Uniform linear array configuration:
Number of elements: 4
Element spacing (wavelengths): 0.5
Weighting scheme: kaiser
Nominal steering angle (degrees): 15
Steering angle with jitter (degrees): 14.378
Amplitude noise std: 0.05
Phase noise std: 0.05

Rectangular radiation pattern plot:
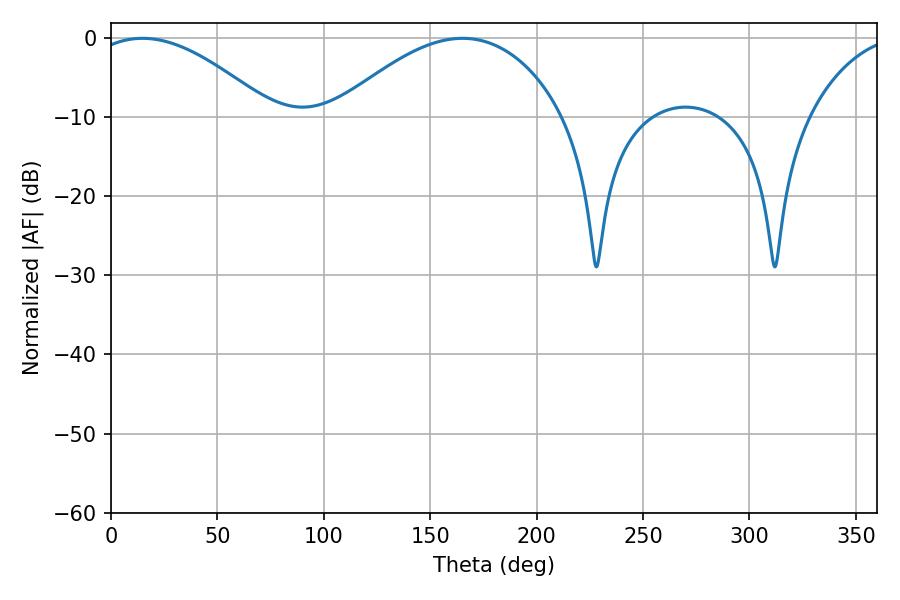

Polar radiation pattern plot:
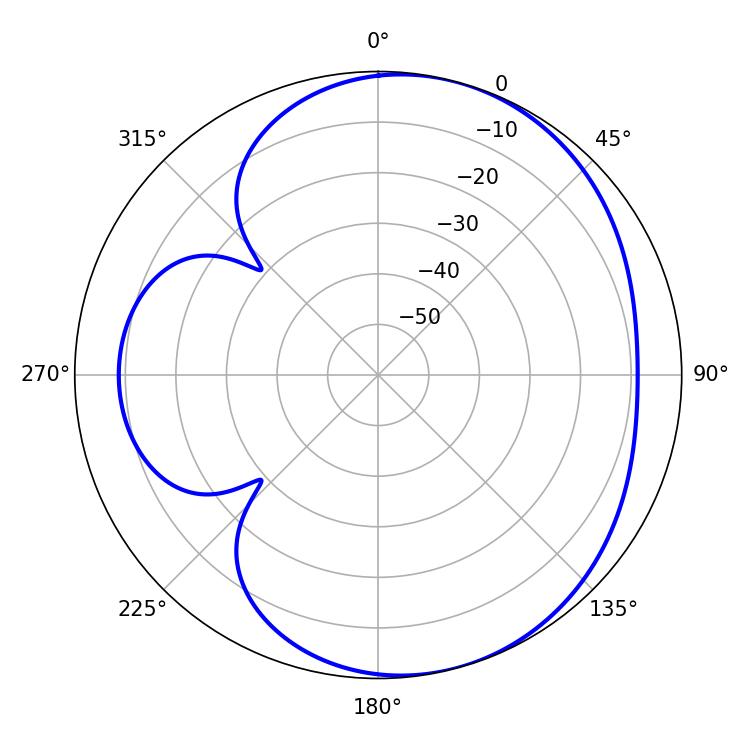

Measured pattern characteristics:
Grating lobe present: FALSE
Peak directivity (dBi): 5.106
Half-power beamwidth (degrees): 46.98
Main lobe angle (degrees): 14.76